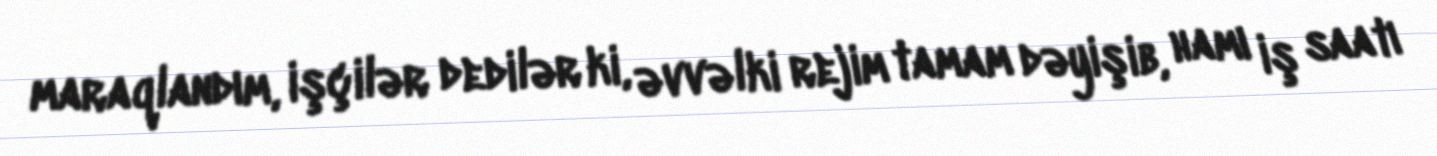
maraqlandım, işçilər dedilər ki, əvvəlki rejim tamam dəyişib, hamı iş saatı